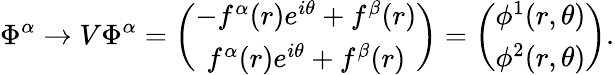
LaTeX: \Phi^{\alpha}\rightarrow V\Phi^{\alpha}=\left(\begin{array}{c}{{-f^{\alpha}(r)e^{i\theta}+f^{\beta}(r)}}\\ {{f^{\alpha}(r)e^{i\theta}+f^{\beta}(r)}}\end{array}\right)=\left(\begin{array}{c}{{\phi^{1}(r,\theta)}}\\ {{\phi^{2}(r,\theta)}}\end{array}\right).